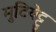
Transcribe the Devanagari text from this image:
मुटियेट्टु